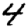
Digit: 4